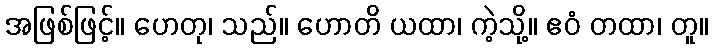
အဖြစ်ဖြင့်။ ဟေတု၊ သည်။ ဟောတိ ယထာ၊ ကဲ့သို့။ ဧဝံ တထာ၊ တူ။